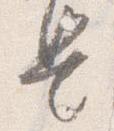
是